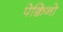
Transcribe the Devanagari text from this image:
पेक्विनो